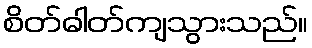
စိတ်ဓါတ်ကျသွားသည်။